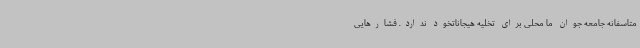
متاسفانه جامعه جوان ما محلی برای تخلیه هیجاناتخود ندارد. فشارهایی